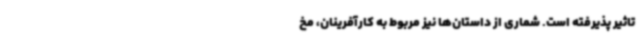
تاثیر پذیرفته است. شماری از داستان‌ها نیز مربوط به کارآفرینان، مخ